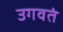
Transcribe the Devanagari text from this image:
उगवतं